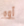
أوه